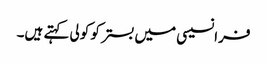
فرانسیسی میں بستر کو کولی کہتے ہیں۔